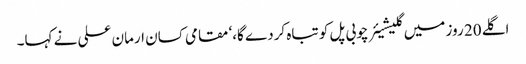
اگلے 20 روز میں گلیشیئر چوبی پل کو تباہ کردے گا،‘ مقامی کسان ارمان علی نے کہا۔